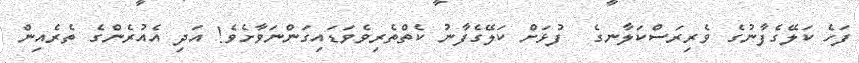
ފަހެ ކަލޭގެފާނުގެ ވެރިރަސްކަލާނގެ  ފުޅަށް ކަލޭގެފާނު ކެތްތެރިވެވަޑައިގަންނަވާށެވެ! އަދި އެއުރެންގެ ތެރެއިން